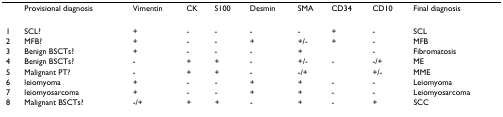
<table><thead><tr><td></td><td><b>Provisional diagnosis</b></td><td><b>Vimentin</b></td><td><b>CK</b></td><td><b>S100</b></td><td><b>Desmin</b></td><td><b>SMA</b></td><td><b>CD34</b></td><td><b>CD10</b></td><td><b>Final diagnosis</b></td></tr></thead><tbody><tr><td>1</td><td>SCL?</td><td>+</td><td>-</td><td>-</td><td>-</td><td>-</td><td>+</td><td>-</td><td>SCL</td></tr><tr><td>2</td><td>MFB?</td><td>+</td><td>-</td><td>-</td><td>+</td><td>+/-</td><td>+</td><td>-</td><td>MFB</td></tr><tr><td>3</td><td>Benign BSCTs?</td><td>+</td><td>-</td><td>-</td><td>-</td><td>+</td><td></td><td>-</td><td>Fibromatosis</td></tr><tr><td>4</td><td>Benign BSCTs?</td><td>-</td><td>+</td><td>+</td><td>-</td><td>+/-</td><td>-</td><td>-/+</td><td>ME</td></tr><tr><td>5</td><td>Malignant PT?</td><td>-</td><td>+</td><td>+</td><td>-</td><td>-/+</td><td></td><td>+/-</td><td>MME</td></tr><tr><td>6</td><td>leiomyoma</td><td>+</td><td>-</td><td>-</td><td>+</td><td>+</td><td>-</td><td>-</td><td>Leiomyoma</td></tr><tr><td>7</td><td>leiomyosarcoma</td><td>+</td><td>-</td><td>-</td><td>+</td><td>+</td><td>-</td><td>-</td><td>Leiomyosarcoma</td></tr><tr><td>8</td><td>Malignant BSCTs?</td><td>-/+</td><td>+</td><td>+</td><td>-</td><td>+</td><td>-</td><td>+</td><td>SCC</td></tr></tbody></table>